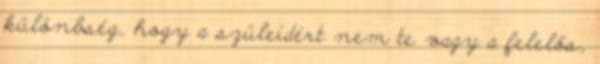
különbség, hogy a szüleidért nem te vagy a felelős,